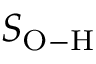
S _ { \mathrm { O - H } }